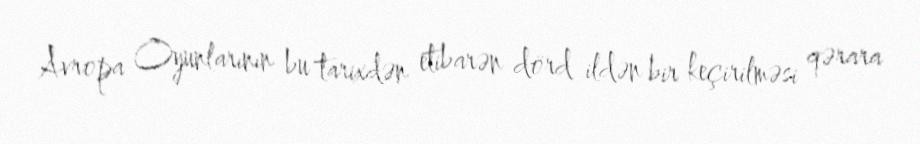
Avropa Oyunlarının bu tarixdən etibarən dörd ildən bir keçirilməsi qərara